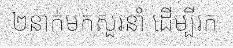
២នាក់មកសួរនាំ ដើម្បីរក